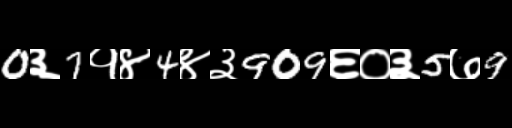
Text: 0३7१४4४३909६०३5७9